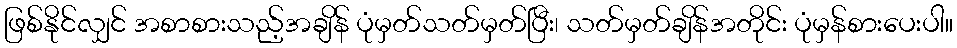
ဖြစ်နိုင်လျှင် အစာစားသည့်အချိန် ပုံမှတ်သတ်မှတ်ပြီး၊ သတ်မှတ်ချိန်အတိုင်း ပုံမှန်စားပေးပါ။